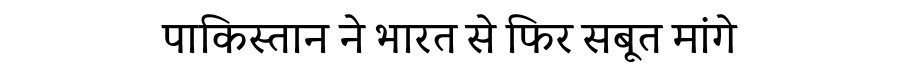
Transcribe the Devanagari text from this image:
पाकिस्तान ने भारत से फिर सबूत मांगे